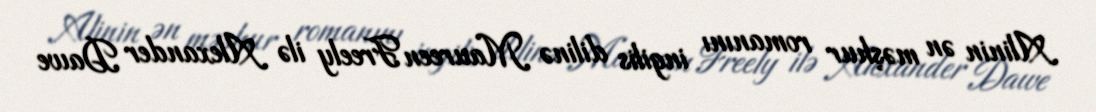
Alinin ən məşhur romanını ingilis dilinə Maureen Freely ilə Alexander Dawe